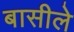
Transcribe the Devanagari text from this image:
बासीले